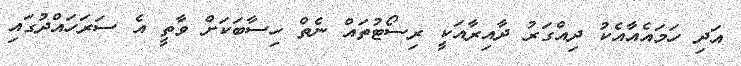
އަދި ހަމައެއާއެކު ދިއްގަރު ދާއިރާއަކީ ރިސޯޓުތައް ނެތް ހިސާބަކަށް ވާތީ އެ ސަރަހައްދުގައި